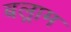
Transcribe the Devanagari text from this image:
बल्राम